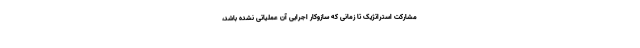
مشارکت استراتژیک تا زمانی که سازوکار اجرایی آن عملیاتی نشده باشد،